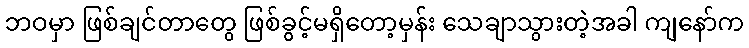
ဘဝမှာ ဖြစ်ချင်တာတွေ ဖြစ်ခွင့်မရှိတော့မှန်း သေချာသွားတဲ့အခါ ကျနော်က